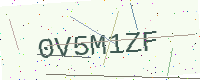
Text: 0V5M1ZF